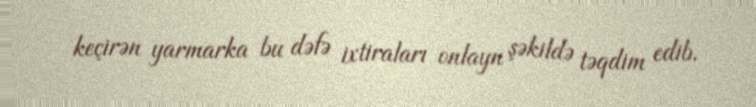
keçirən yarmarka bu dəfə ixtiraları onlayn şəkildə təqdim edib.